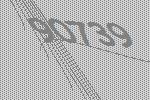
90739